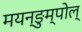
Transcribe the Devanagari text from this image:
मयन्ङुम्पोल्